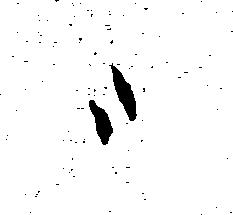
御